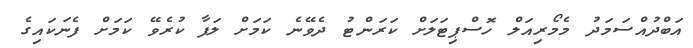
އަބްދުއްސަމަދު މެމޯރިއަލް ހޮސްޕިޓަލަށް ކަރަންޓު ދެވޭނެ ކަމަށް ލަފާ ކުރެވޭ ކަމަށް ފެނަކައިގެ